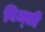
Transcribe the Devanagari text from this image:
बिज्ली